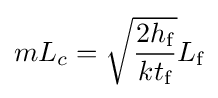
mL_{c}={\sqrt {\frac {2h_{\text{f}}}{kt_{\text{f}}}}}L_{\text{f}}